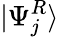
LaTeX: \vert\Psi_{j}^{R}\rangle